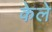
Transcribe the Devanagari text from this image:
केले